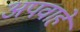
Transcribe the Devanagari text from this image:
अपवाहें